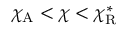
\chi _ { \mathrm { A } } < \chi < \chi _ { \mathrm { R } } ^ { * }